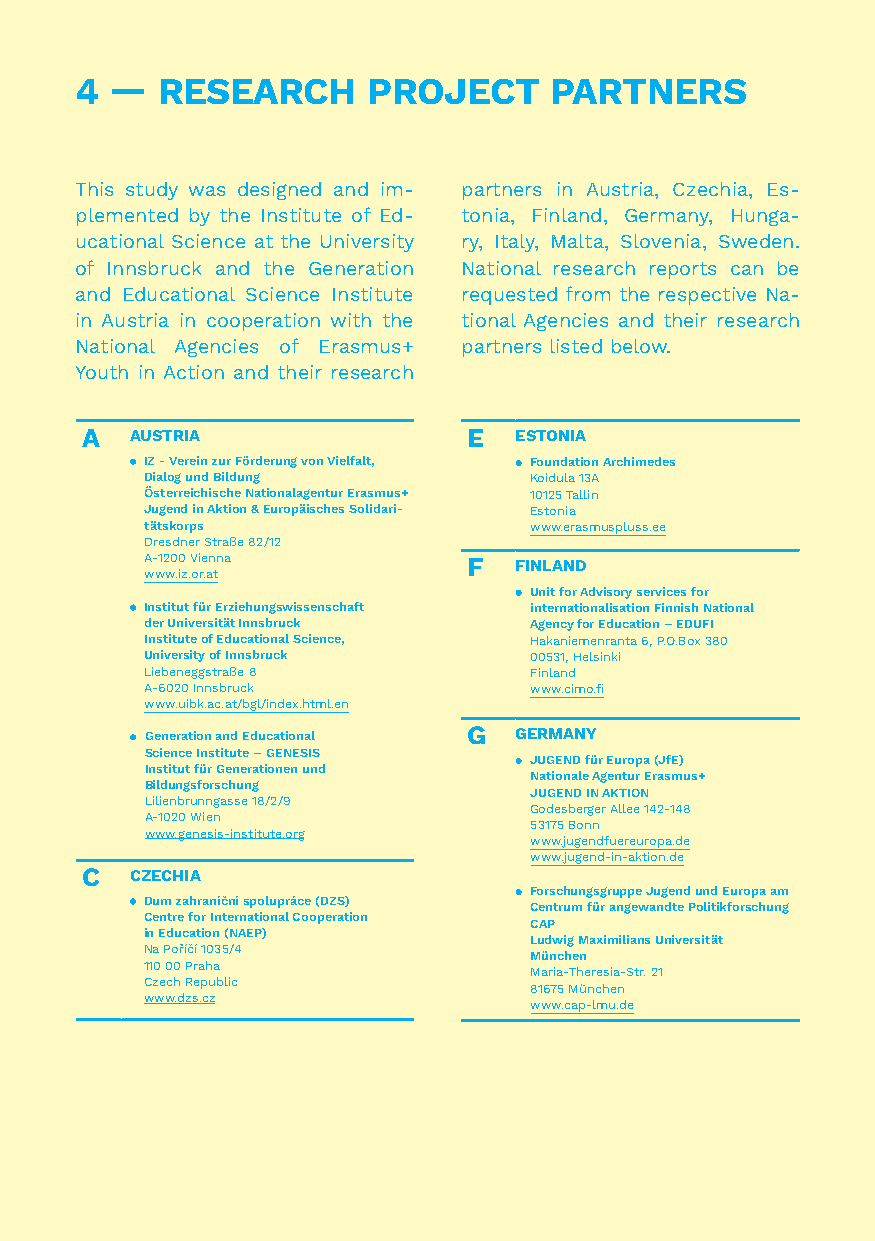
4 —  R ESEARCH     PROJECT     PARTNERS
 This study was designed and im- partners in Austria, Czechia, Es-
 plemented by the Institute of Ed- tonia, Finland, Germany, Hunga-
 ucational Science at the University ry, Italy, Malta, Slovenia, Sweden.
 of Innsbruck and the Generation National research reports can be
 and Educational Science Institute requested from the respective Na-
 in Austria in cooperation with the tional Agencies and their research
 National Agencies of Erasmus+ partners listed below.
 Youth in Action and their research
 A   AUSTRIA               E  ESTONIA
 IZ - Verein zur Förderung von Vielfalt, Foundation Archimedes
 Dialog und Bildung       Koidula 13A
 Österreichische Nationalagentur Erasmus+ 10125 Tallin
 Jugend in Aktion & Europäisches Solidari- Estonia
 tätskorps                www.erasmuspluss.ee
 Dresdner Straße 82/12
 A-1200 Vienna        F  FINLAND
 www.iz.or.at
 U nit for Advisory services for
 Institut für Erziehungswissenschaft internationalisation Finnish National
 der Universität Innsbruck Agency for Education – EDUFI
 Institute of Educational Science, Hakaniemenranta 6, P.O.Box 380
 University of Innsbruck  00531, Helsinki
 Liebeneggstraße 8        Finland
 A-6020 Innsbruck         www.cimo.fi
 www.uibk.ac.at/bgl/index.html.en
 G eneration and Educational G GERMANY
 Science Institute – GENESIS
 J UGEND für Europa (JfE)
 Institut für Generationen und
 Nationale Agentur Erasmus+
 Bildungsforschung
 JUGEND IN AKTION
 Lilienbrunngasse 18/2/9
 Godesberger Allee 142-148
 A-1020 Wien
 53175 Bonn
 www.genesis-institute.org
 www.jugendfuereuropa.de
 www.jugend-in-aktion.de
 C   CZECHIA
 F orschungsgruppe Jugend und Europa am
 Dum zahraníční spolupráce (DZS)
 Centrum für angewandte Politikforschung
 Centre for International Cooperation
 CAP
 in Education (NAEP)
 Ludwig Maximilians Universität
 Na Poříčí 1035/4
 München
 110 00 Praha
 Maria-Theresia-Str. 21
 Czech Republic
 81675 München
 www.dzs.cz
 www.cap-lmu.de